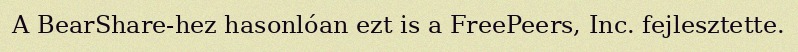
A BearShare-hez hasonlóan ezt is a FreePeers, Inc. fejlesztette.